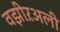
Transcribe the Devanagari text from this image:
वझीऱअली